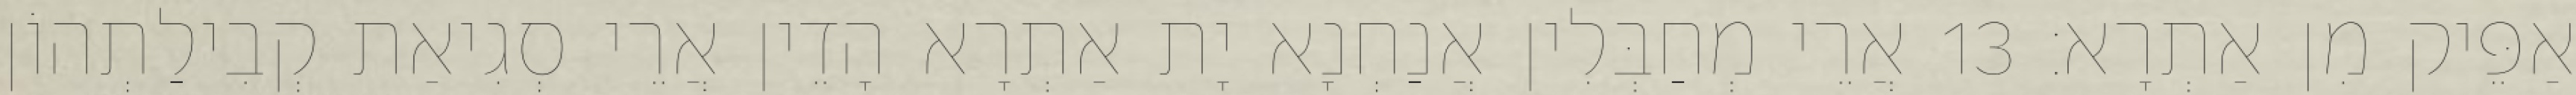
אַפֵּיק מִן אַתְרָא׃ 13 אֲרֵי מְחַבְּלִין אֲנַחְנָא יָת אַתְרָא הָדֵין אֲרֵי סְגִיאַת קְבִילַתְהוֹן